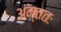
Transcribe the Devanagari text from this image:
अंन्ततः